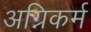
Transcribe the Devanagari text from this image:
अग्निकर्म